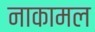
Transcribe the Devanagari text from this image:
नाकामल